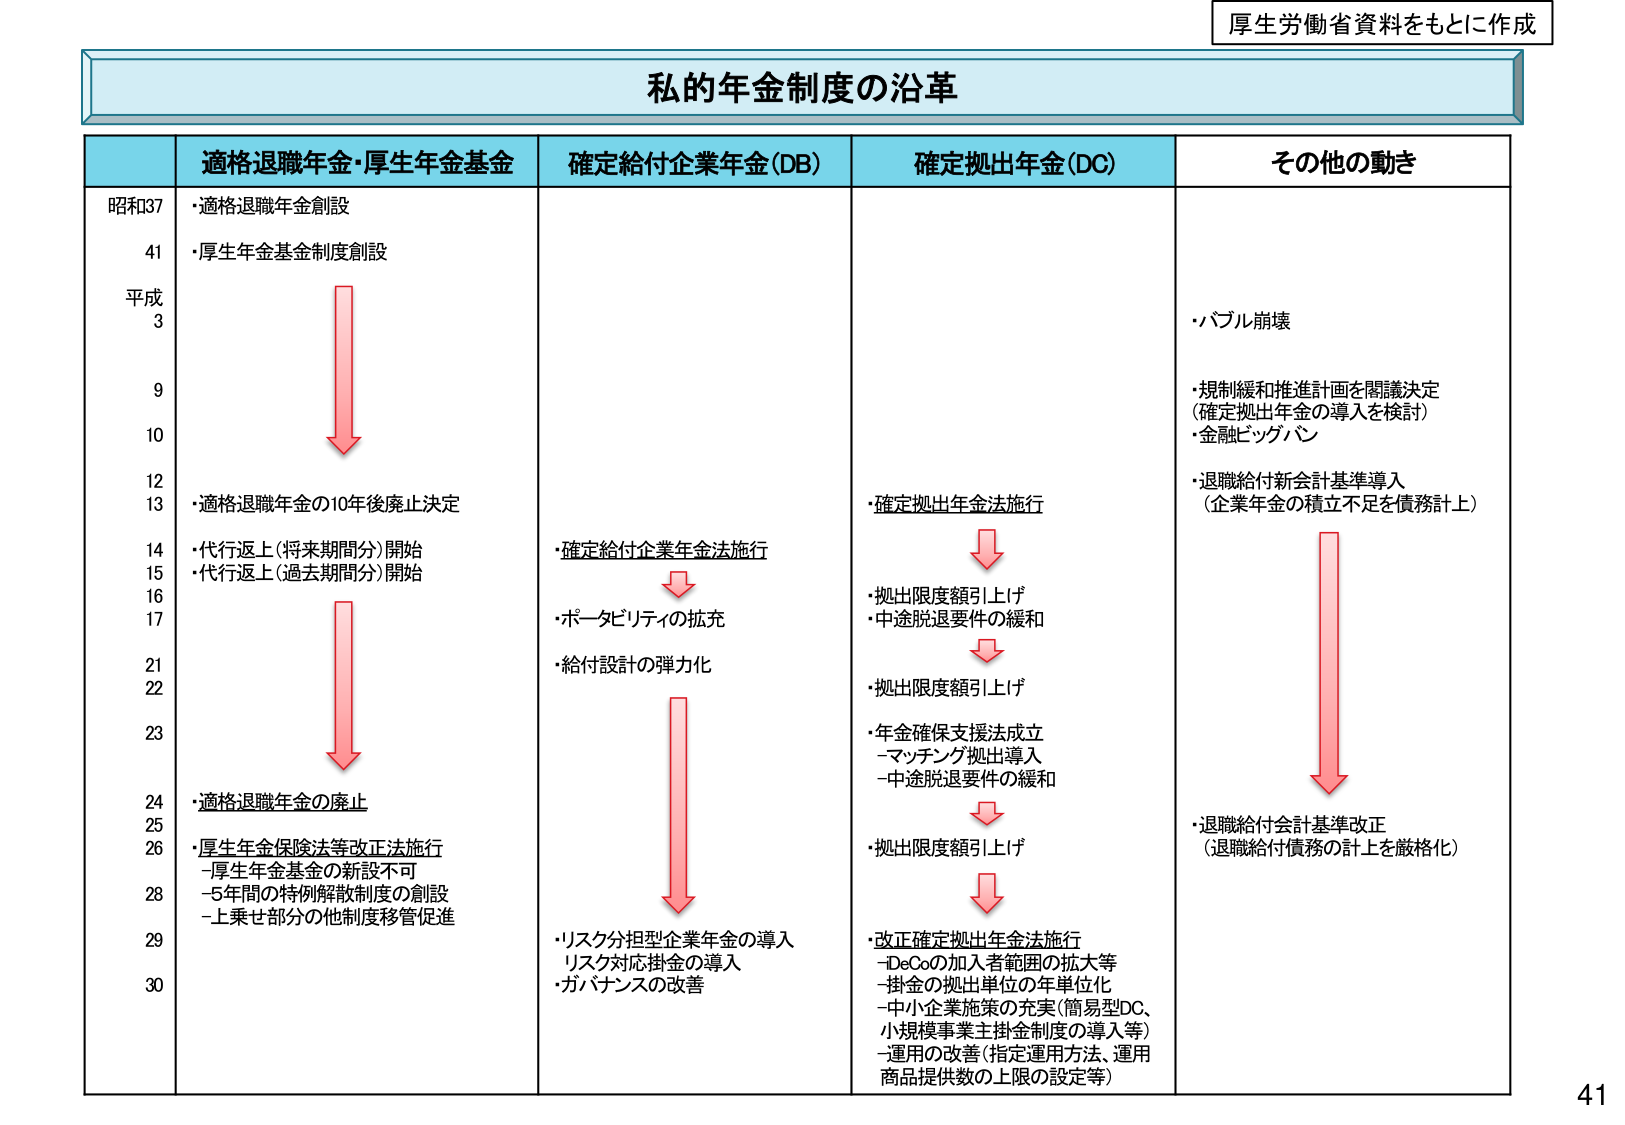
厚生労働省資料をもとに作成

私的年金制度の沿革

適格退職年金・厚生年金基金
確定給付企業年金(DB)
確定拠出年金(DC)
その他の動き

昭和37
・適格退職年金創設
・厚生年金基金制度創設

平成3
・バブル崩壊

9
・規制緩和推進計画を閣議決定
（確定拠出年金の導入を検討）
・金融ビッグバン

10
・退職給付新会計基準導入
（企業年金の積立不足を債務計上）

12
・適格退職年金の10年後廃止決定

13
・確定拠出年金法施行

14
・代行返上（将来期間分）開始

15
・代行返上（過去期間分）開始

16
・確定給付企業年金法施行

17
・ポータビリティの拡充
・給付設計の弾力化

21
・拠出限度額引上げ
・中途脱退要件の緩和

22
・拠出限度額引上げ

23
・年金確保支援法成立
－マッチング拠出導入
－中途脱退要件の緩和

24
・適格退職年金の廃止

25
・拠出限度額引上げ

26
・厚生年金保険法等改正法施行
－厚生年金基金の新設不可
－5年間の特例解散制度の創設
－上乗せ部分の他制度移管促進

28
・改正確定拠出年金法施行
－iDeCoの加入者範囲の拡大等
－掛金の拠出単位の年単位化
－中小企業施策の充実（簡易型DC、
小規模事業主掛金制度の導入等）
－運用の改善（指定運用方法、運用
商品提供数の上限の設定等）

29
・リスク分担型企業年金の導入
・リスク対応掛金の導入
・ガバナンスの改善

30
・退職給付会計基準改正
（退職給付債務の計上を厳格化）

41